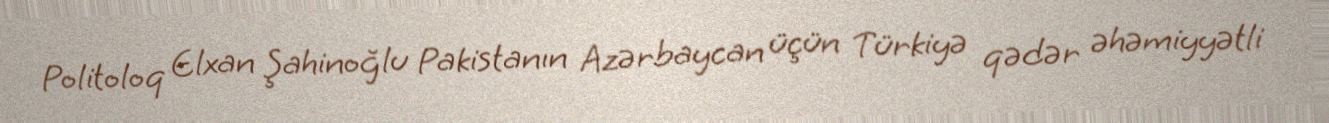
Politoloq Elxan Şahinoğlu Pakistanın Azərbaycan üçün Türkiyə qədər əhəmiyyətli